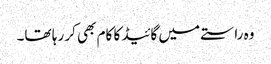
وہ راستے میں گائیڈ کا کام بھی کر رہا تھا۔